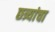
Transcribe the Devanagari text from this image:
छत्र्यांचा